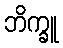
ဘိက္ခူ